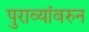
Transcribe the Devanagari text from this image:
पुराव्यांवरुन